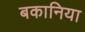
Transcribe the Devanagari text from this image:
बकानिया